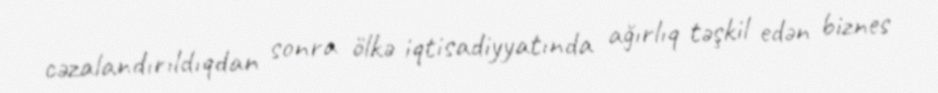
cəzalandırıldıqdan sonra ölkə iqtisadiyyatında ağırlıq təşkil edən biznes